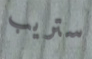
ستريب